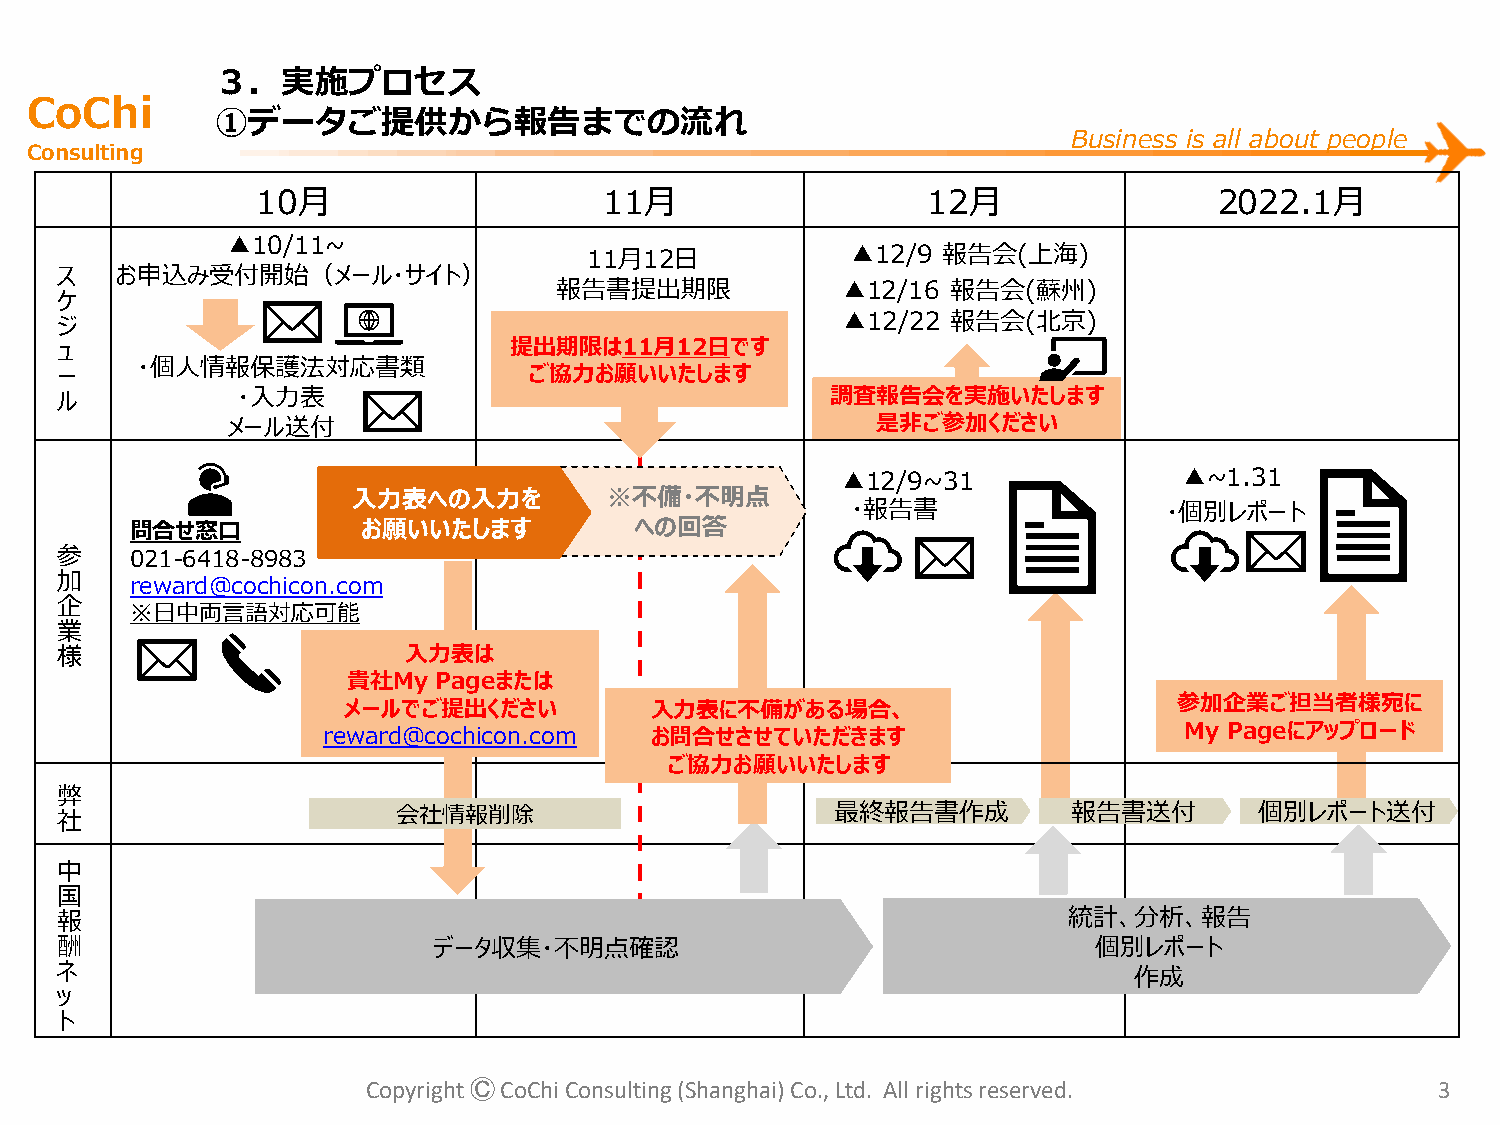
３．実施プロセス
 CoChi
 ①データご提供から報告までの流れ
 Business is all about people
 Consulting
 10月                    11月                  12月                 2022.1月
 ▲10/11~
 11月12日           ▲12/9 報告会(上海)
 ス   お申込み受付開始（メール・サイト）
 報告書提出期限            ▲12/16 報告会(蘇州)
 ケ
 ジ                                                   ▲12/22 報告会(北京)
 ュ                             提出期限は11月12日です
 ・個人情報保護法対応書類
 ー                              ご協力お願いいたします
 ル           ・入力表                                   調査報告会を実施いたします
 メール送付                                      是非ご参加ください
 ▲12/9~31              ▲~1.31
 入力表への入力を         ※不備・不明点
 ・報告書                 ・個別レポート
 問合せ窓口          お願いいたします          への回答
 参    021-6418-8983
 加    reward@cochicon.com
 企
 ※日中両言語対応可能
 業
 様                      入力表は
 貴社My  Pageまたは
 メールでご提出ください         入力表に不備がある場合、                       参加企業ご担当者様宛に
 reward@cochicon.com   お問合せさせていただきます                      My Pageにアップロード
 ご協力お願いいたします
 弊
 社                     会社情報削除                       最終報告書作成         報告書送付       個別レポート送付
 中
 国
 報                                                                  統計、分析、報告
 酬                        データ収集・不明点確認                                 個別レポート
 ネ
 作成
 ッ
 ト
 Copyright ⒸCoChi Consulting (Shanghai) Co., Ltd. All rights reserved.  3